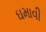
ઘમાવી